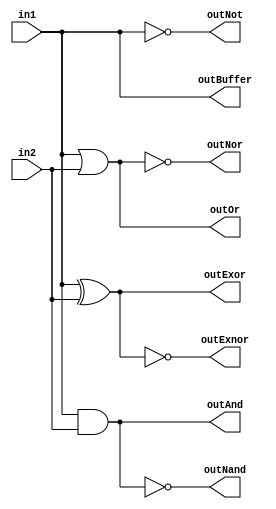
module gates (in1,in2,outAnd,outOr,outNot,outNand,outNor,outExor,outExnor,outBuffer);
   input in1,in2;
   output outAnd,outOr,outNand,outNor,outNot,outExor,outExnor,outBuffer;
   
   and a1 (outAnd,in1,in2);
   or o1 (outOr,in1,in2);
   nand n1 (outNand,in1,in2);
   nor n2 (outNor,in1,in2);
   not n3 (outNot,in1);
   xor x1 (outExor,in1,in2);
   xnor x2 (outExnor,in1,in2);
   buf b1 (outBuffer,in1);
     
endmodule